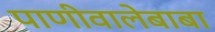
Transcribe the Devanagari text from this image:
पाणीवालेबाबा